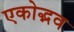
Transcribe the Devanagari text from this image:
एकोद्भव